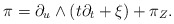
\begin{align*} \pi = \partial_u \wedge (t \partial_t +\xi) + \pi_Z.\end{align*}